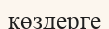
көздерге